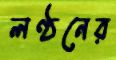
লণ্ঠনের